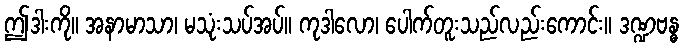
ဤဒါးကို။ အနာမာသာ၊ မသုံးသပ်အပ်။ ကုဒါလော၊ ပေါက်တူးသည်လည်းကောင်း။ ဒဏ္ဍဗန္ဓ